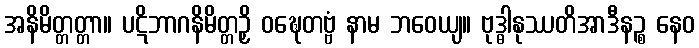
အနိမိတ္တတ္တာ။ ပဋိဘာဂနိမိတ္တဉှိ ဝဍ္ဎေတဗ္ဗံ နာမ ဘဝေယျ။ ဗုဒ္ဓါနုဿတိအာဒီနဉ္စ နေဝ